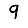
Digit: 9